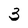
Character: 3